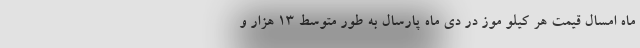
ماه امسال قیمت هر کیلو موز در دی ماه پارسال به طور متوسط ۱۳ هزار و